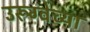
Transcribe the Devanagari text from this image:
उरूग्वेच्या